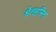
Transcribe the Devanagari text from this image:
श्वेतहस्ति